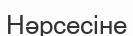
Нәрсесіне